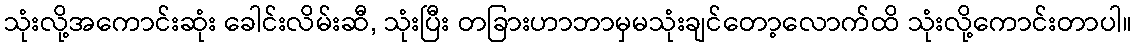
သုံးလို့အကောင်းဆုံး ခေါင်းလိမ်းဆီ, သုံးပြီး တခြားဟာဘာမှမသုံးချင်တော့လောက်ထိ သုံးလို့ကောင်းတာပါ။